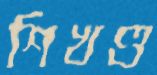
শিখণ্ড